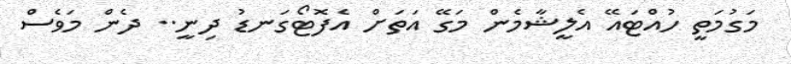
މަގުމަތީ ހުއްޓައޭ އެލީޝާމެން މަގޭ އަތަށް އެފޮޓޯގަނޑު ދިނީ.. ދެން މަވެސް